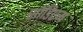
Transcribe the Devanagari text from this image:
सोंडिएम